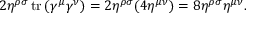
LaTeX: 2 \eta ^ { \rho \sigma } \operatorname { t r } \left( \gamma ^ { \mu } \gamma ^ { \nu } \right) = 2 \eta ^ { \rho \sigma } ( 4 \eta ^ { \mu \nu } ) = 8 \eta ^ { \rho \sigma } \eta ^ { \mu \nu } .